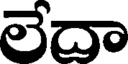
లేదా